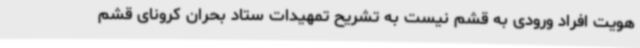
هویت افراد ورودی به قشم نیست به تشریح تمهیدات ستاد بحران کرونای قشم